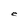
Character: C